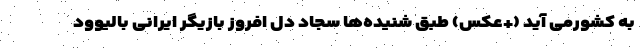
به کشورمی آید (+عکس) طبق شنیده‌ها سجاد دل افروز بازیگر ایرانی بالیوود